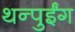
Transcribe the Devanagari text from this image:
थन्पुईंग